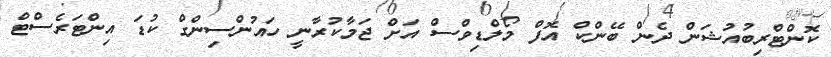
ކޮންޓްރިބުއުޝަން ދެން ބޭންކް އޮފް މޯލްޑިވްސް އަށް ޖަމާކުރާނީ ހައުންސިންގް ކުޑަ އިންޓަރެސްޓް